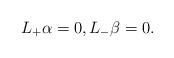
LaTeX: \begin{align*} L_+\alpha=0,L_-\beta=0.\end{align*}